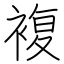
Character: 複